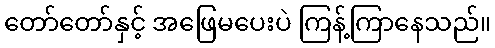
တော်တော်နှင့် အဖြေမပေးပဲ ကြန့်ကြာနေသည်။